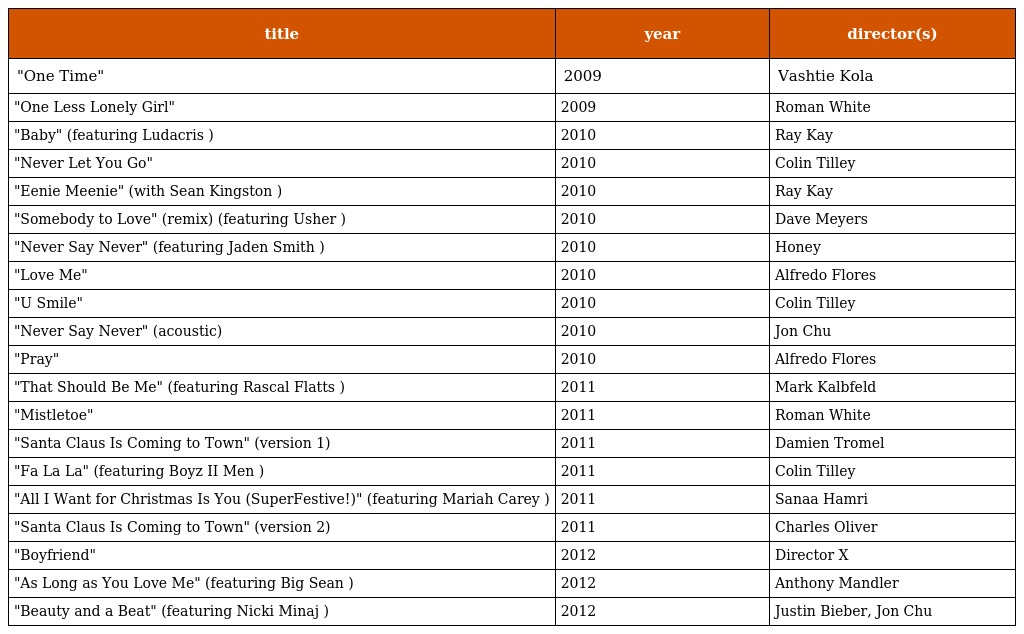
| title | year | director(s) |
 | --- | --- | --- |
 | "One Time" | 2009 | Vashtie Kola |
 | "One Less Lonely Girl" | 2009 | Roman White |
 | "Baby" (featuring Ludacris ) | 2010 | Ray Kay |
 | "Never Let You Go" | 2010 | Colin Tilley |
 | "Eenie Meenie" (with Sean Kingston ) | 2010 | Ray Kay |
 | "Somebody to Love" (remix) (featuring Usher ) | 2010 | Dave Meyers |
 | "Never Say Never" (featuring Jaden Smith ) | 2010 | Honey |
 | "Love Me" | 2010 | Alfredo Flores |
 | "U Smile" | 2010 | Colin Tilley |
 | "Never Say Never" (acoustic) | 2010 | Jon Chu |
 | "Pray" | 2010 | Alfredo Flores |
 | "That Should Be Me" (featuring Rascal Flatts ) | 2011 | Mark Kalbfeld |
 | "Mistletoe" | 2011 | Roman White |
 | "Santa Claus Is Coming to Town" (version 1) | 2011 | Damien Tromel |
 | "Fa La La" (featuring Boyz II Men ) | 2011 | Colin Tilley |
 | "All I Want for Christmas Is You (SuperFestive!)" (featuring Mariah Carey ) | 2011 | Sanaa Hamri |
 | "Santa Claus Is Coming to Town" (version 2) | 2011 | Charles Oliver |
 | "Boyfriend" | 2012 | Director X |
 | "As Long as You Love Me" (featuring Big Sean ) | 2012 | Anthony Mandler |
 | "Beauty and a Beat" (featuring Nicki Minaj ) | 2012 | Justin Bieber, Jon Chu |